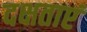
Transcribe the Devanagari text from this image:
दक्षताएं